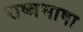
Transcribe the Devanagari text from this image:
राष्त्रभाषा